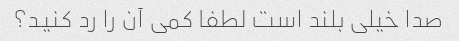
صدا خیلی بلند است لطفا کمی آن را رد کنید؟